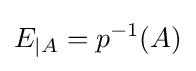
E_{\mid A}=p^{-1}(A)